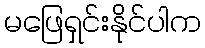
မဖြေရှင်းနိုင်ပါက